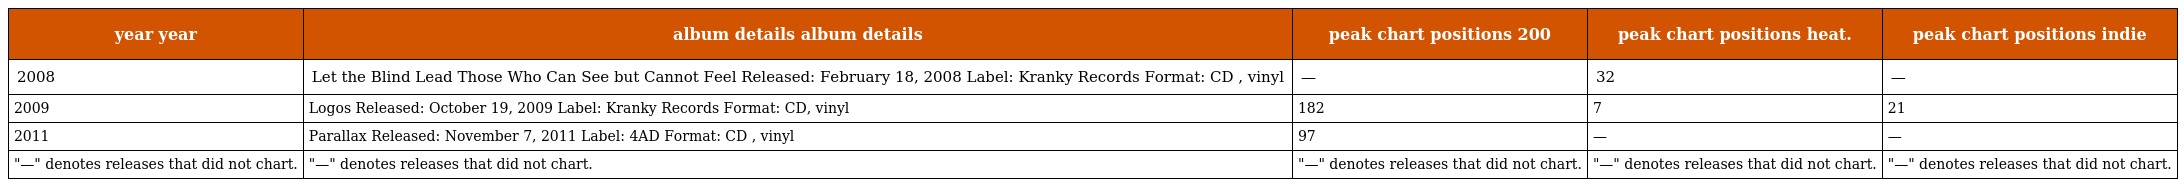
| year year | album details album details | peak chart positions 200 | peak chart positions heat. | peak chart positions indie |
 | --- | --- | --- | --- | --- |
 | 2008 | Let the Blind Lead Those Who Can See but Cannot Feel Released: February 18, 2008 Label: Kranky Records Format: CD , vinyl | — | 32 | — |
 | 2009 | Logos Released: October 19, 2009 Label: Kranky Records Format: CD, vinyl | 182 | 7 | 21 |
 | 2011 | Parallax Released: November 7, 2011 Label: 4AD Format: CD , vinyl | 97 | — | — |
 | "—" denotes releases that did not chart. | "—" denotes releases that did not chart. | "—" denotes releases that did not chart. | "—" denotes releases that did not chart. | "—" denotes releases that did not chart. |